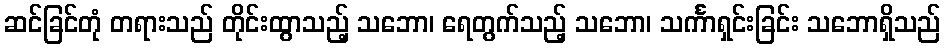
ဆင်ခြင်တုံ တရားသည် တိုင်းထွာသည့် သဘော၊ ရေတွက်သည့် သဘော၊ သင်္ကာရှင်းခြင်း သဘောရှိသည်